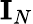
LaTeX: {\mathbf{I}}_{N}